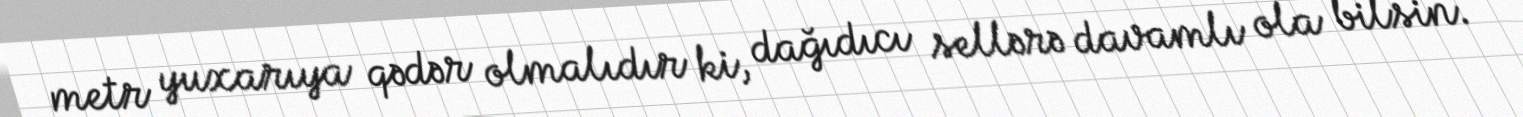
metr yuxarıya qədər olmalıdır ki, dağıdıcı sellərə davamlı ola bilsin.